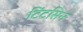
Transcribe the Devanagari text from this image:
टिंटसिन